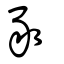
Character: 豖